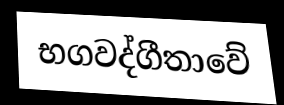
භගවද්ගීතාවේ